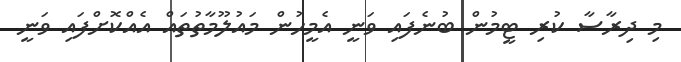
މި ދިރާސާ ކުރި ޓީމުން ބުނެފައި ވަނީ އެމީހުން މައުލޫމާތުތައް އެއްކޮށްފައި ވަނީ